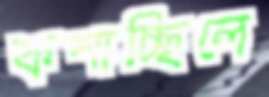
কশাচ্ছিলে